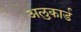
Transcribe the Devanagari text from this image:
अलुकार्ड